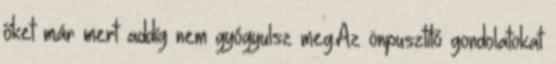
őket már mert addíg nem gyógyulsz meg.Az önpusztító gondolatokat